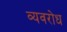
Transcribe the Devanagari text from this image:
व्यवरोध